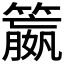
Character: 𮆝